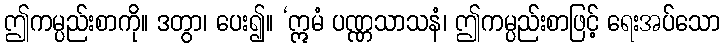
ဤကမ္ပည်းစာကို။ ဒတွာ၊ ပေး၍။ ‘ဣမံ ပဏ္ဏသာသနံ၊ ဤကမ္ပည်းစာဖြင့် ရေးအပ်သော